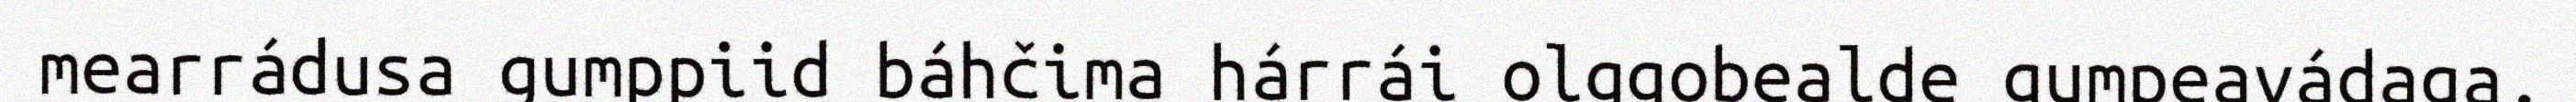
mearrádusa gumppiid báhčima hárrái olggobealde gumpeavádaga.